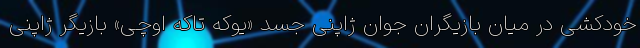
خودکشی در میان بازیگران جوان ژاپنی جسد «یوکه تاکه اوچی» بازیگر ژاپنی